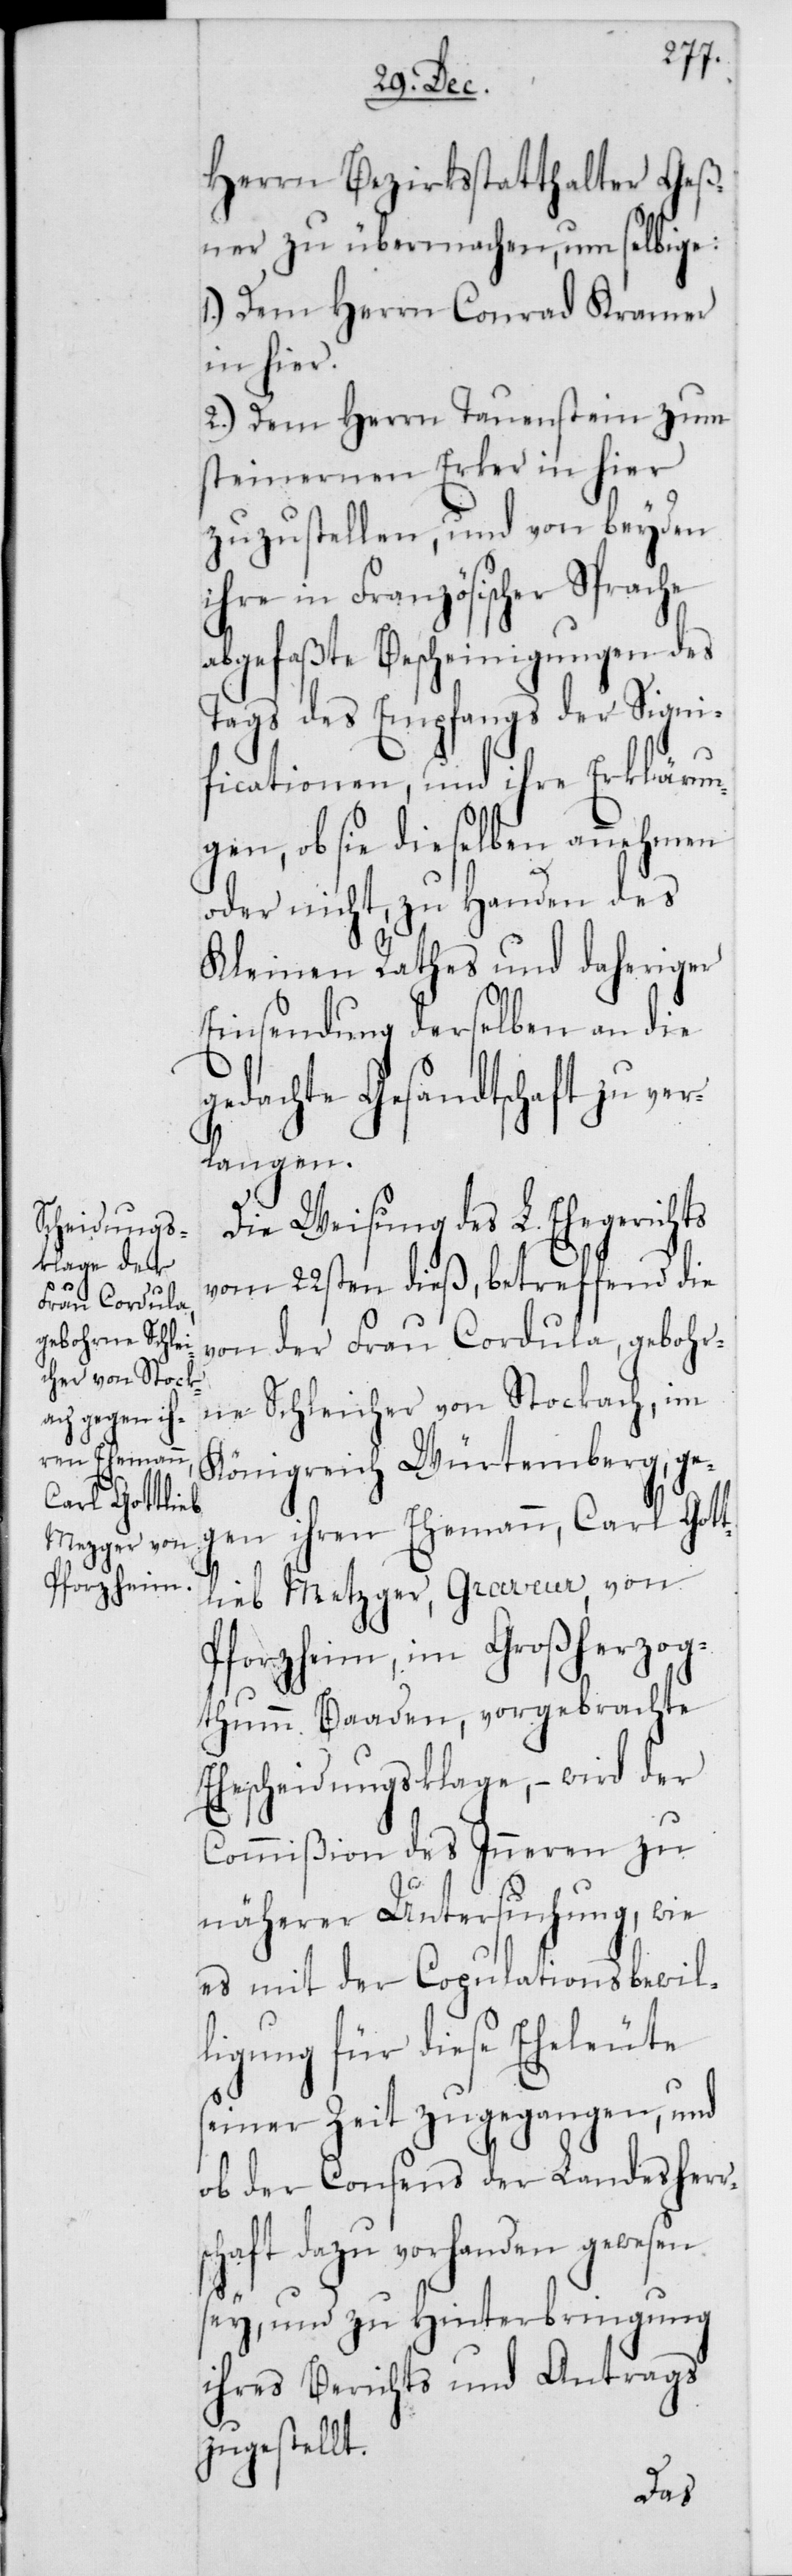
Herrn Bezirksstatthalter Geß¬
ner zu übermachen, um selbige:
1.) Dem Herrn Conrad Kramer
in hier.
2.) Dem Herrn Tauenstein zum
steinernen Erker in hier,
zuzustellen, und von beyden
ihre in Französischer Sprache
abgefaßte Bescheinigungen des
Tags des Empfangs der Signi¬
ficationen, und ihre Erklärun¬
gen, ob sie dieselben annehmen
oder nicht, zu Handen des
Kleinen Rathes und daheriger
Einsendung derselben an die
gedachte Gesandtschaft zu ve¬
rlangen.
Die Weisung des L. Ehegerichts
vom 22sten dieß, betreffend die
von der Frau Cordula, gebohr¬
ne Schleicher von Stockach im
Königreich Würtemberg, ge¬
gen ihren Ehemann, Carl Gott¬
lieb Metzger, Graveur, von
Pforzheim, im Großherzog¬
thumm Baaden, vorgebrachte
scheidungsklage, – wird der
Commißion des Inneren zu
näherer Untersuchung, wie
es mit der Copulationsbewil¬
ligung für diese Eheleute
seiner Zeit zugegangen, und
ob der Consens der Landesherr¬
schaft dazu vorhanden gewesen
sey, und zu Hinterbringung
ihres Berichts und Antrags
zugestellt.
Ehe¬